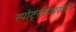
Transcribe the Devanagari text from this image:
स्पोर्ट्सवेअरशी